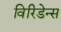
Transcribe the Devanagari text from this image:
विरिडेन्स